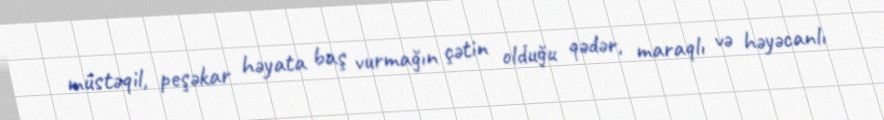
müstəqil, peşəkar həyata baş vurmağın çətin olduğu qədər, maraqlı və həyəcanlı